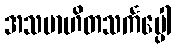
အသမာဟိတသင်္ကပ္ပေါ